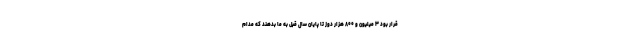
قرار بود ۳ میلیون و ۸۰۰ هزار دوز تا پایان سال قبل به ما بدهند که مدام